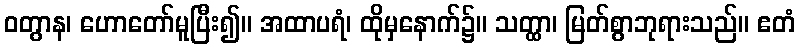
ဝတွာန၊ ဟောတော်မူပြီး၍။ အထာပရံ၊ ထိုမှနောက်၌။ သတ္ထာ၊ မြတ်စွာဘုရားသည်။ ဧတံ